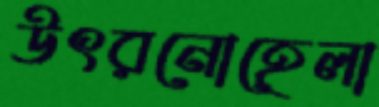
উৎরনোহেলা